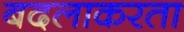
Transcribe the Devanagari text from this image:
बदलाकरता